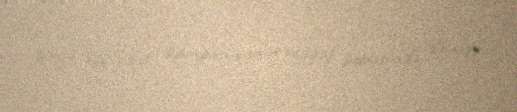
birgə keçirdiyi kampaniyanın məqzi barəsində danışdı.